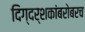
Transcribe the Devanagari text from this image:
दिग्दर्शकांबरोबरच